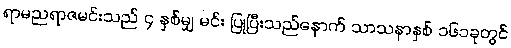
ရာမညရာဇမင်းသည် ၄ နှစ်မျှ မင်း ပြုပြီးသည်နောက် သာသနာနှစ် ၁၆၁ခုတွင်